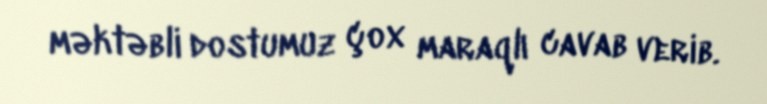
məktəbli dostumuz çox maraqlı cavab verib.